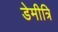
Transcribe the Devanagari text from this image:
डेमीत्रि